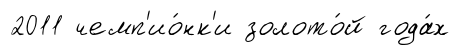
2011 чемп'ио́нк'и золото́й года́х